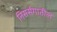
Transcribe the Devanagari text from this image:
निसर्सगातील